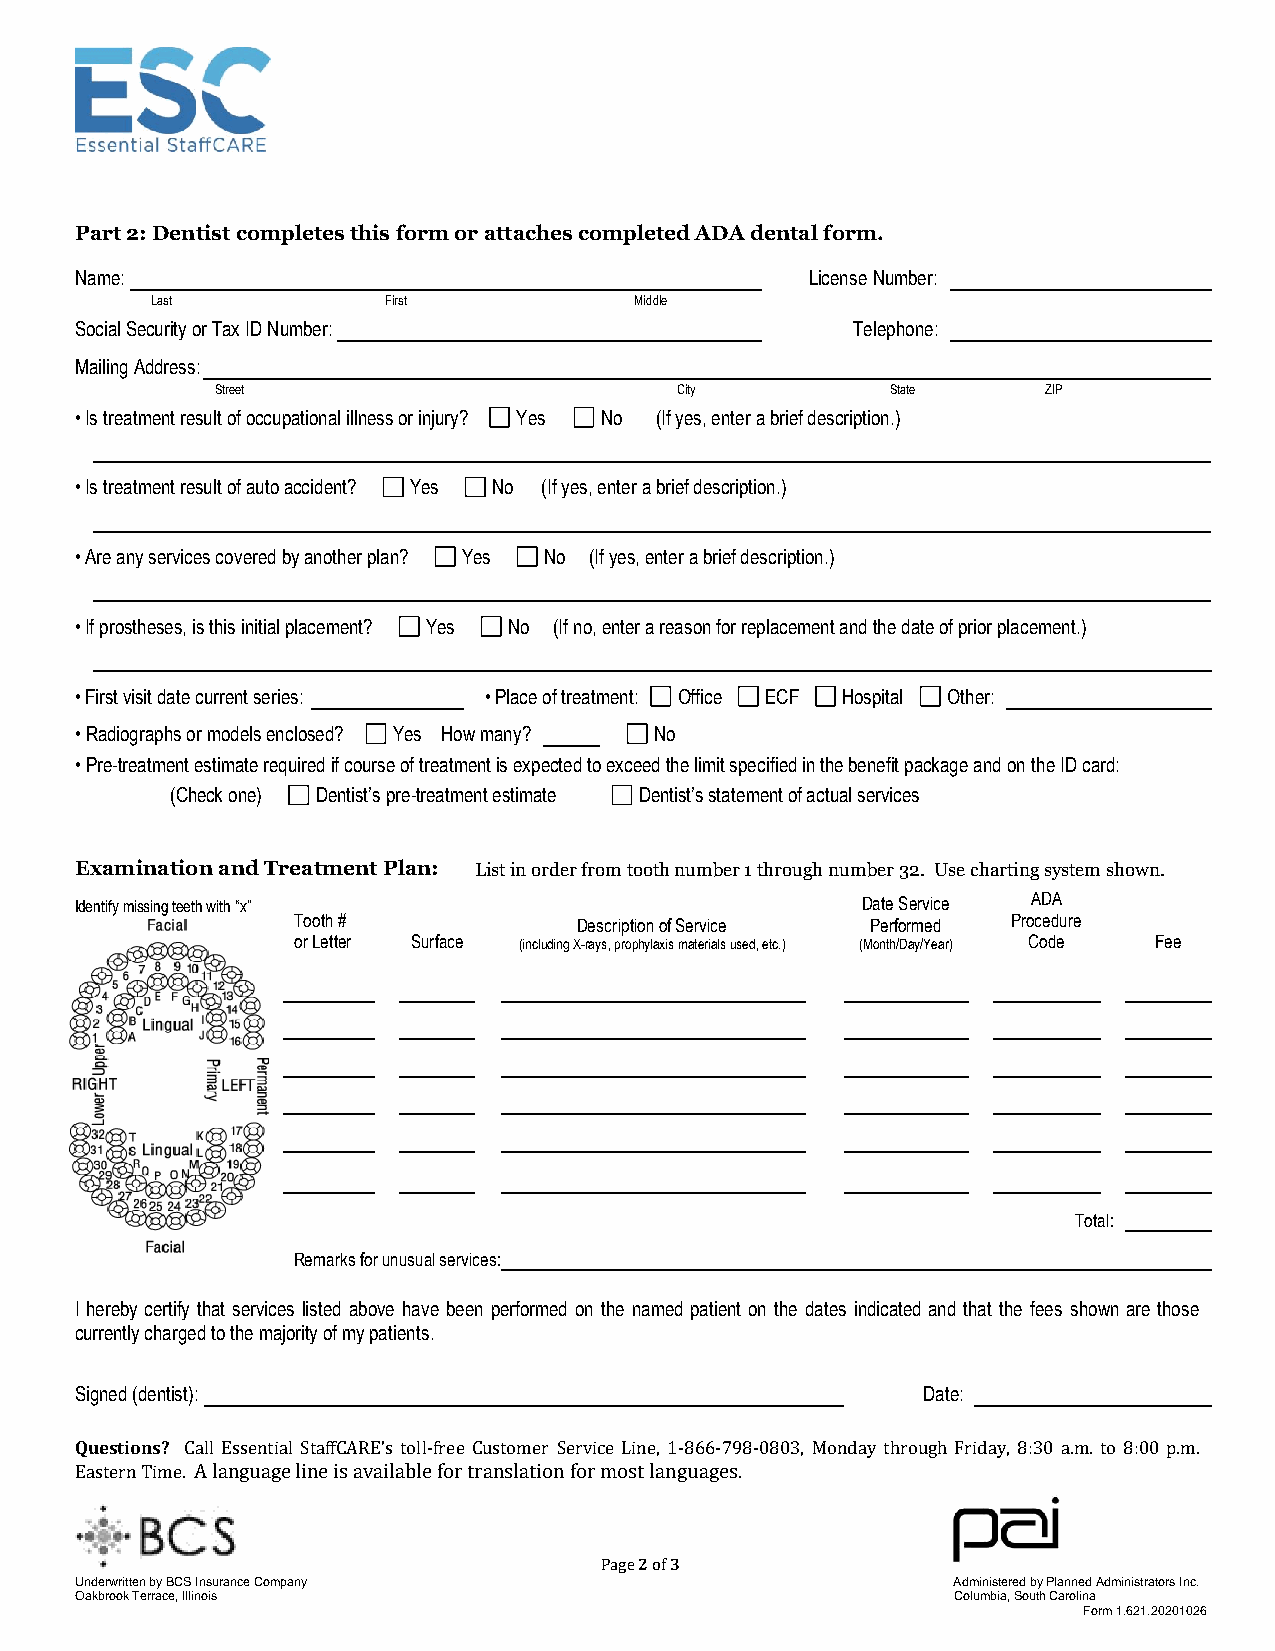
Part 2: Dentist completes this form or attaches completed ADA dental form.
 Name:                                            License Number:
 Last           First            Middle
 Social Security or Tax ID Number:                  Telephone:
 Mailing Address:
 Street                         City          State     ZIP
 • Is treatment result of occupational illness or injury? Yes No (If yes, enter a brief description.)
 • Is treatment result of auto accident? Yes No (If yes, enter a brief description.)
 • Are any services covered by another plan? Yes No (If yes, enter a brief description.)
 • If prostheses, is this initial placement? Yes No (If no, enter a reason for replacement and the date of prior placement.)
 • First visit date current series: • Place of treatment: Office ECF Hospital Other:
 • Radiographs or models enclosed? Yes How many? No
 • Pre-treatment estimate required if course of treatment is expected to exceed the limit specified in the benefit package and on the ID card:
 (Check one) Dentist’s pre-treatment estimate Dentist’s statement of actual services
 Examination and Treatment Plan: List in order from tooth number 1 through number 32. Use charting system shown.
 Identify missing teeth with “x”                     Date Service ADA
 Tooth #            Description of Service Performed Procedure
 or Letter Surface (including X-rays, prophylaxis materials used, etc.) (Month/Day/Year) Code Fee
 Total:
 Remarks for unusual services:
 I hereby certify that services listed above have been performed on the named patient on the dates indicated and that the fees shown are those
 currently charged to the majority of my patients.
 Signed (dentist):                                       Date:
 Questions? Call Essential StaffCARE’s toll-free Customer Service Line, 1-866-798-0803, Monday through Friday, 8:30 a.m. to 8:00 p.m.
 Eastern Time. A language line is available for translation for most languages.
 Page 2 of 3
 Underwritten by BCS Insurance Company                     Administered by Planned Administrators Inc.
 Oakbrook Terrace, Illinois                                Columbia, South Carolina
 Form 1.621.20201026